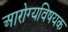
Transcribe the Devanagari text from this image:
अारोग्यविषयक